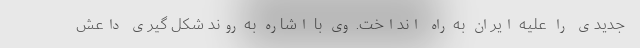
جدیدی را علیه ایران به راه انداخت. وی با اشاره به روند شکل گیری داعش